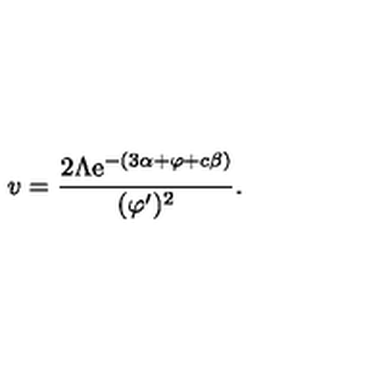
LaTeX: v = \frac { 2 \Lambda \mathrm { e } ^ { - ( 3 \alpha + \varphi + c \beta ) } } { ( \varphi ^ { \prime } ) ^ { 2 } } .